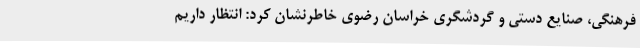
فرهنگی، صنایع دستی و گردشگری خراسان رضوی خاطرنشان کرد: انتظار داریم